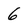
Character: 6